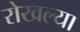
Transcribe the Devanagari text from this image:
रोखल्या